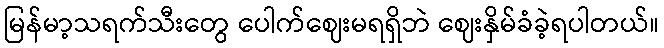
မြန်မာ့သရက်သီးတွေ ပေါက်ဈေးမရရှိဘဲ ဈေးနှိမ်ခံခဲ့ရပါတယ်။